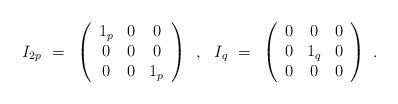
LaTeX: \begin{align*} I_{2p}~=~\left( \begin{array}{ccc} 1_p & 0 & 0 \\ 0 & 0 & 0 \\ 0 & 0 & 1_p \end{array} \right)\!~~,~~ I_q~=~\left( \begin{array}{ccc} 0 & 0 & 0 \\ 0 & 1_q & 0 \\ 0 & 0 & 0 \end{array} \right)~.\vspace{2mm}\end{align*}